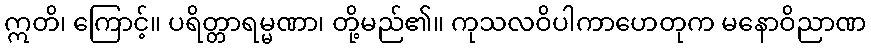
ဣတိ၊ ကြောင့်။ ပရိတ္တာရမ္မဏာ၊ တို့မည်၏။ ကုသလဝိပါကာဟေတုက မနောဝိညာဏ